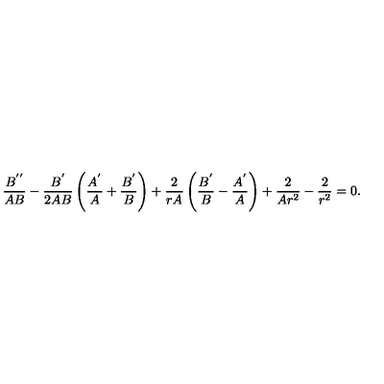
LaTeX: \frac { B ^ { ' ^ { \prime } } } { A B } - \frac { B ^ { ' } } { 2 A B } \left( \frac { A ^ { ' } } { A } + \frac { B ^ { ' } } { B } \right) + \frac { 2 } { r A } \left( \frac { B ^ { ' } } { B } - \frac { A ^ { ' } } { A } \right) + \frac { 2 } { A r ^ { 2 } } - \frac { 2 } { r ^ { 2 } } = 0 .